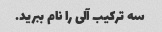
سه ترکیب آلی را نام ببرید.